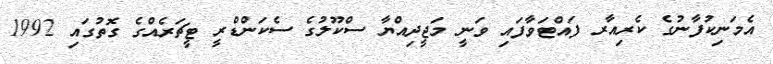
އެމަނިކުފާނުގެ ކެރިއާރ ފައްޓަވާފައި ވަނީ މަޖީދިއްޔާ ސްކޫލުގެ ސެކަންޑްރީ ޓީޗަރެއްގެ ގޮތުގައި 1992